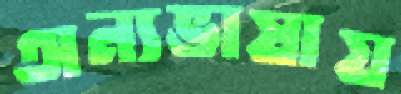
অন্যভাষায়